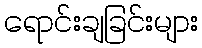
ရောင်းချခြင်းများ